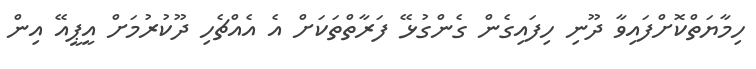
ހިމާޔަތްކޮށްފައިވާ ދޫނި ހިފައިގެން ގެންގުޅޭ ފަރާތްތަކަށް އެ އެއްޗެހި ދޫކުރުމަށް އީޕީއޭ އިން